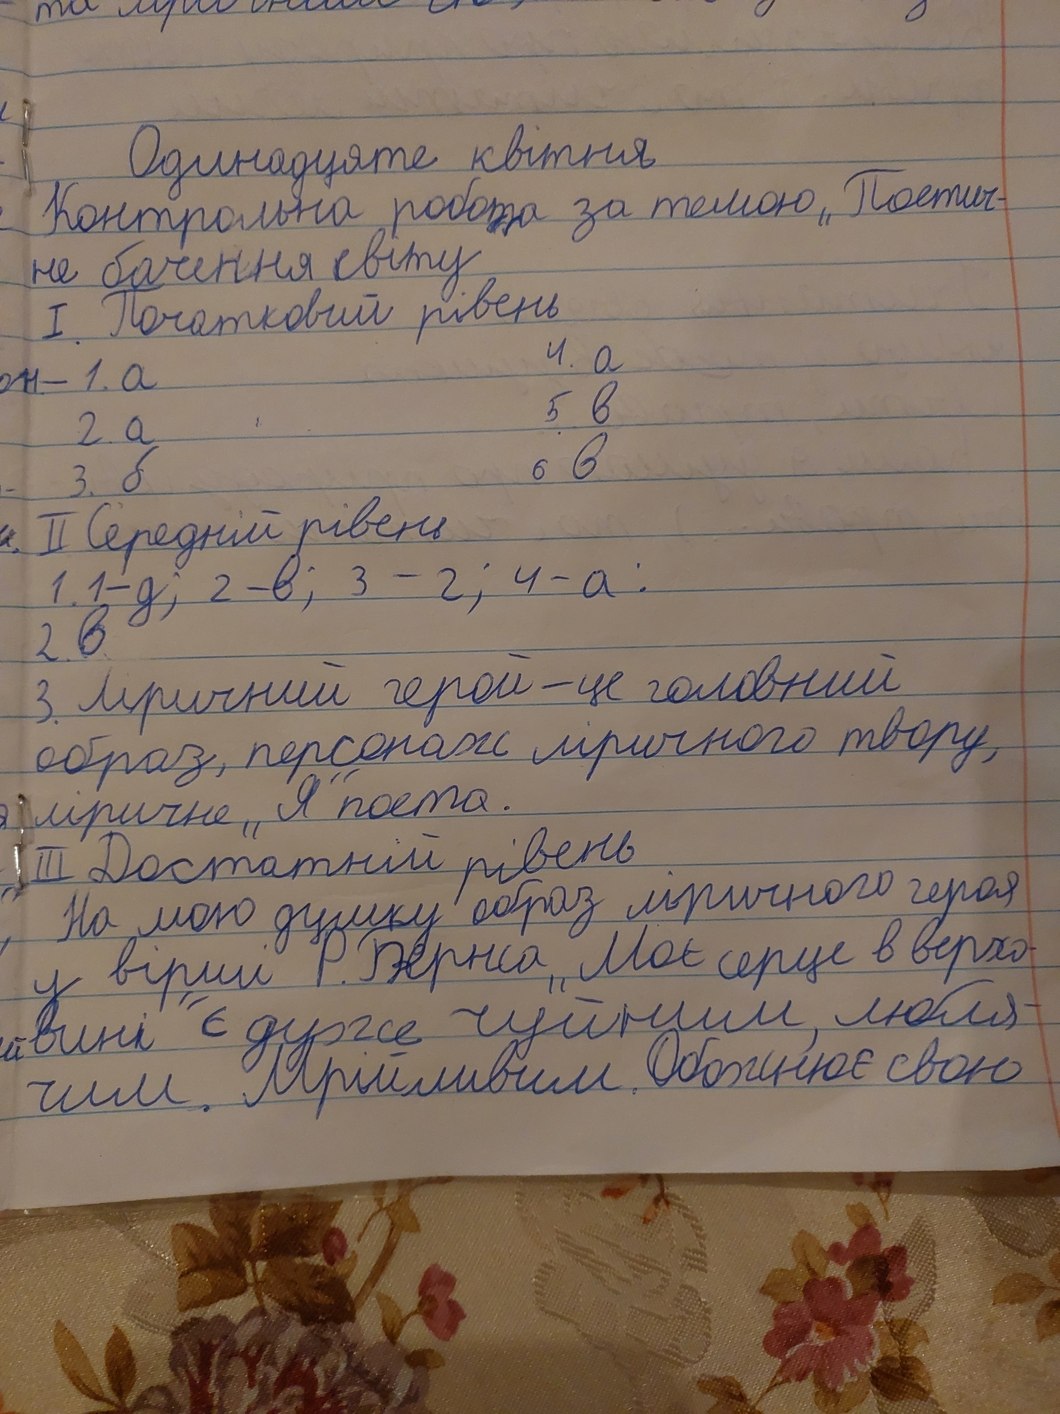
Одинадцяте квітня
Контрольна робота за темою „Поетич-
не бачення світу"
I. Початковий рівень
4. a
1.a
5 в
2.a
6 в
3.б
II Середній рівень
1. 1-д; 2-в; 3-г; 4-a.
2.в
3. Ліричний герой — це головний
образ, персонаж ліричного твору,
ліричне „Я“ поета.
III Достатній рівень
На мою думку  образ ліричного героя
на мою думку вірш у вірші Р. Бернса „Моє серце в верхо-
вині" є дуже чуйним, любля-
чим. Мрійливим. Обожнює свою